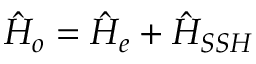
\hat { H } _ { o } = \hat { H } _ { e } + \hat { H } _ { S S H }